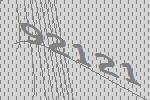
92121